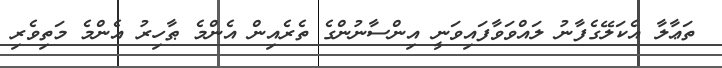
ތަޢާލާ އެކަލޭގެފާނު ލައްވަވާފައިވަނީ އިންސާނުންގެ ތެރެއިން އެންމެ ޠާހިރު އެންމެ މަތިވެރި